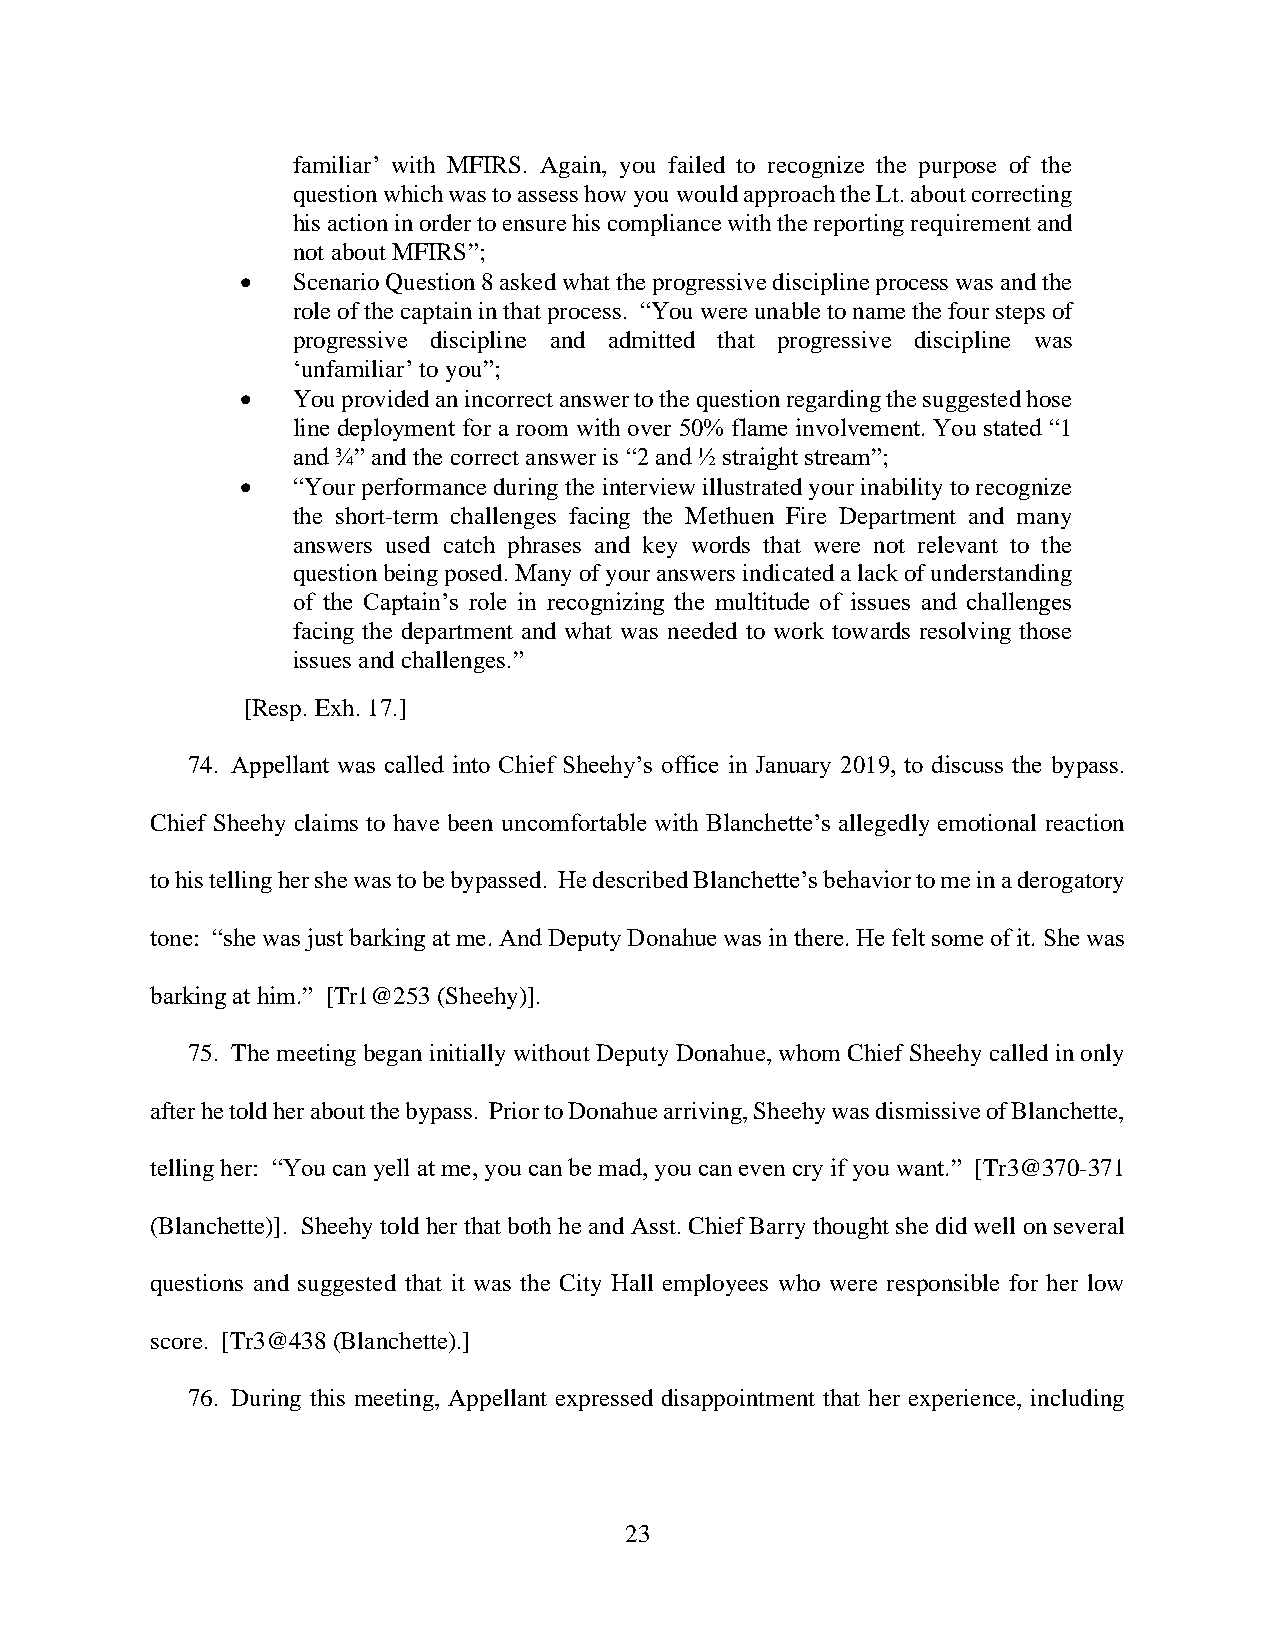
familiar’ with MFIRS. Again, you failed to recognize the purpose of the
 question which was to assess how you would approach the Lt. about correcting
 his action in order to ensure his compliance with the reporting requirement and
 not about MFIRS”;
 •  Scenario Question 8 asked what the progressive discipline process was and the
 role of the captain in that process. “You were unable to name the four steps of
 progressive discipline and admitted that progressive discipline was
 ‘unfamiliar’ to you”;
 •  You provided an incorrect answer to the question regarding the suggested hose
 line deployment for a room with over 50% flame involvement. You stated “1
 and ¾” and the correct answer is “2 and ½ straight stream”;
 •  “Your performance during the interview illustrated your inability to recognize
 the short-term challenges facing the Methuen Fire Department and many
 answers used catch phrases and key words that were not relevant to the
 question being posed. Many of your answers indicated a lack of understanding
 of the Captain’s role in recognizing the multitude of issues and challenges
 facing the department and what was needed to work towards resolving those
 issues and challenges.”
 [Resp. Exh. 17.]
 74. Appellant was called into Chief Sheehy’s office in January 2019, to discuss the bypass.
 Chief Sheehy claims to have been uncomfortable with Blanchette’s allegedly emotional reaction
 to his telling her she was to be bypassed. He described Blanchette’s behavior to me in a derogatory
 tone: “she was just barking at me. And Deputy Donahue was in there. He felt some of it. She was
 barking at him.” [Tr1@253 (Sheehy)].
 75. The meeting began initially without Deputy Donahue, whom Chief Sheehy called in only
 after he told her about the bypass. Prior to Donahue arriving, Sheehy was dismissive of Blanchette,
 telling her: “You can yell at me, you can be mad, you can even cry if you want.” [Tr3@370-371
 (Blanchette)]. Sheehy told her that both he and Asst. Chief Barry thought she did well on several
 questions and suggested that it was the City Hall employees who were responsible for her low
 score. [Tr3@438 (Blanchette).]
 76. During this meeting, Appellant expressed disappointment that her experience, including
 23